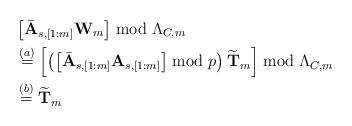
LaTeX: \begin{align*}&\left[ \bar{\mathbf{A}}_{s,[1:m]} \mathbf{W}_m \right] \bmod \Lambda_{C,m} \\ &\stackrel{(a)}{=} \left[ \left( \left[ \bar{\mathbf{A}}_{s,[1:m]} \mathbf{A}_{s, [1:m]} \right] \bmod p \right)\widetilde{\mathbf{T}}_m \right] \bmod \Lambda_{C,m} \\ &\stackrel{(b)}{=} \widetilde{\mathbf{T}}_m\end{align*}